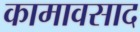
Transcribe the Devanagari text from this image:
कामावसाद